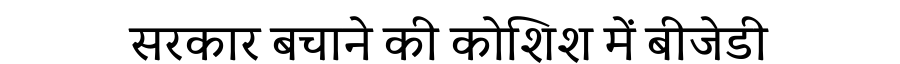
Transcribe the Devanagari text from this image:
सरकार बचाने की कोशिश में बीजेडी